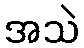
အသဲ